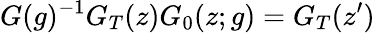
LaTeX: G(g)^{-1}G_{T}(z)G_{0}(z;g)=G_{T}(z^{\prime})